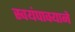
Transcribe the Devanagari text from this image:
स्वयंपाक्याने